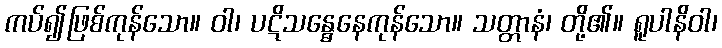
ကပ်၍ဖြစ်ကုန်သော။ ဝါ၊ ပဋိသန္ဓေနေကုန်သော။ သတ္တာနံ၊ တို့၏။ ရူပါနိဝါ၊